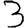
Digit: 3